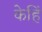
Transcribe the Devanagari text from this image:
केहिं